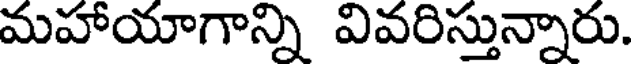
మహాయాగాన్ని వివరిస్తున్నారు.